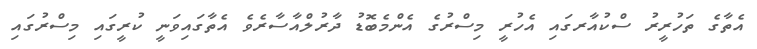
އެތާގެ ތަހުރީރު ސްކުއާރގައި އެހުރީ މިސްރުގެ އެންމެބޮޑު ދާރުލްއާސާރެވެ އެތާގައިވަނީ ކުރީގައި މިސްރުގައި